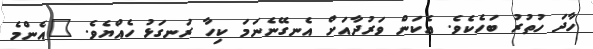
ހާދަ ހުތުރު ބަހެކެވެ. އެކަން ވަރުދާއަށް އެނގޭނެނަމަ ކިހާ ރަނގަޅު ހެއްޔެވެ. "އެންމެ